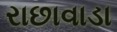
રાછાવાડા